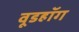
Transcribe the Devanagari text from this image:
वूडहॉग